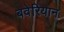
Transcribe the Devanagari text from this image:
बवेरियान